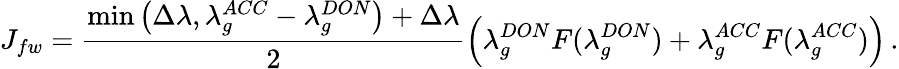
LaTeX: J_{fw}=\frac{\operatorname*{min}\left(\Delta\lambda,\lambda_{g}^{ACC}-\lambda_{g}^{DON}\right)+\Delta\lambda}{2}\left(\lambda_{g}^{DON}F(\lambda_{g}^{DON})+\lambda_{g}^{ACC}F(\lambda_{g}^{ACC})\right)\, .